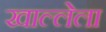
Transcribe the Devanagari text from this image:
खाल्लेला